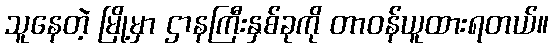
သူနေတဲ့ မြို့မှာ ဌာနကြီးနှစ်ခုကို တာဝန်ယူထားရတယ်။